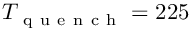
T _ { \mathrm { ~ q ~ u ~ e ~ n ~ c ~ h ~ } } = 2 2 5